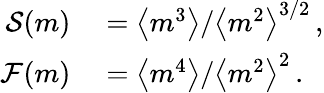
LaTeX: \begin{array}{rl}{\mathcal{S}(m)}&{{}=\left<m^{3}\right>/\left<m^{2}\right>^{3/2}\, ,}\\ {\mathcal{F}(m)}&{{}=\left<m^{4}\right>/\left<m^{2}\right>^{2}\, .}\end{array}